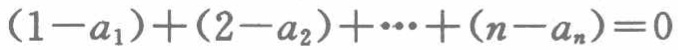
\((1 - a_1)+(2 - a_2)+\cdots+(n - a_n)=0\)